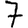
Digit: 7